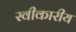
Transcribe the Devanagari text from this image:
स्वीकारीय